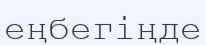
еңбегіңде